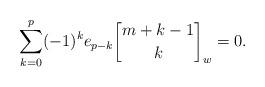
LaTeX: \begin{align*}\sum_{k=0}^p(-1)^ke_{p-k}{m+k-1\brack k}_w=0.\end{align*}